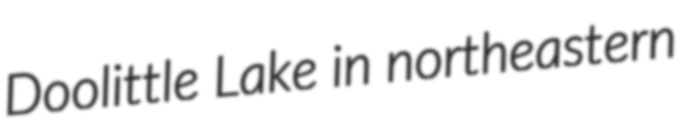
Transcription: Doolittle Lake in northeastern